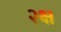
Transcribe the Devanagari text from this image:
२क्ष